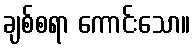
ချစ်စရာ ကောင်းသော။